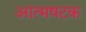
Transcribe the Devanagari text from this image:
आत्मषटक